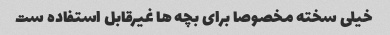
خیلی سخته مخصوصا برای بچه ها غیرقابل استفاده ست